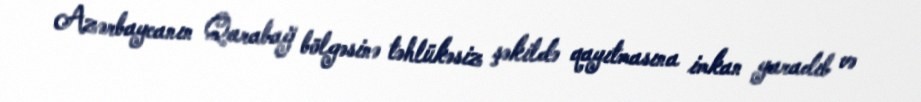
Azərbaycanın Qarabağ bölgəsinə təhlükəsiz şəkildə qayıtmasına imkan yaradıb və